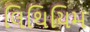
લિથિયિમ